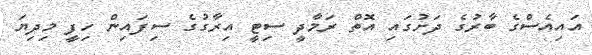
އައިއެސްގެ ބާރުގެ ދަށުގައި އޮތް ރަމާދީ ސިޓީ އިރާގުގެ ސިފައިން ހިފީ މިދިޔަ